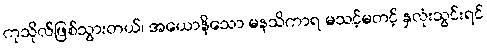
ကုသိုလ်ဖြစ်သွားတယ်၊ အယောနိသော မနသိကာရ မသင့်မတင့် နှလုံးသွင်းရင်